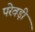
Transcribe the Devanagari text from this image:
परेवड़ी